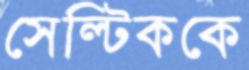
সেল্টিককে